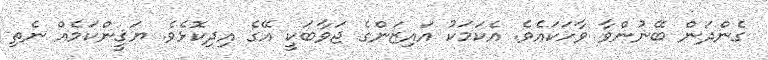
ގެންދަން ބޭނުންވާ ވާހަކައެވެ. އެކަމަކު އައިޒަންގެ ޖަވާބަކީ އޭގެ އިދިކޮޅެވެ. ޔަޤީންކަމެއް ނެތި